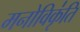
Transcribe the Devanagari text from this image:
मनोविकृ॑ति